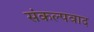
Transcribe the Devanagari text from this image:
संकल्पवाद